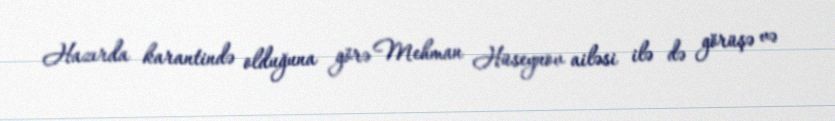
Hazırda karantində olduğuna görə Mehman Hüseynov ailəsi ilə də görüşə və